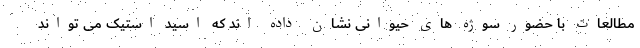
مطالعات با حضور سوژه های حیوانی نشان داده اند که اسید استیک می تواند